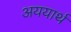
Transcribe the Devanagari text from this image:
अययार्थ